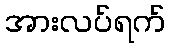
အားလပ်ရက်